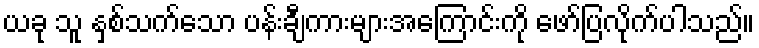
ယခု သူ နှစ်သက်သော ပန်းချီကားများအကြောင်းကို ဖော်ပြလိုက်ပါသည်။